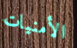
الأمنيات